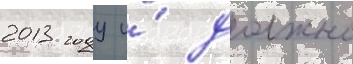
2013 году и́ должно